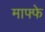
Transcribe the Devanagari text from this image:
माफ्फे